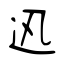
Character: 迅